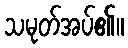
သမုတ်အပ်၏။